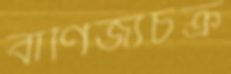
বাণিজ্যচক্র